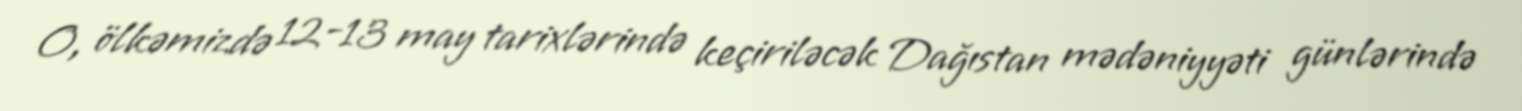
O, ölkəmizdə 12-13 may tarixlərində keçiriləcək Dağıstan mədəniyyəti günlərində